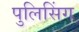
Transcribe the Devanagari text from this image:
पुलिसिंग